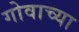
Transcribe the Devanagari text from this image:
गोवाच्या